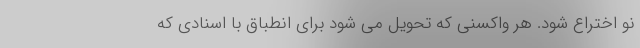
نو اختراع شود. هر واکسنی که تحویل می شود برای انطباق با اسنادی که